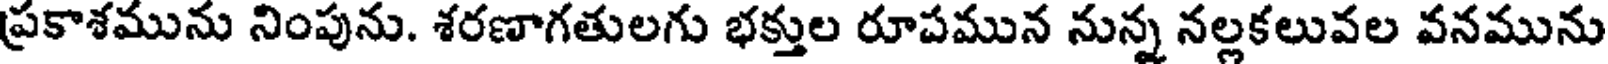
ప్రకాశమును నింపును. శరణాగతులగు భక్తుల రూపమున నున్న నల్లకలువల వనమును